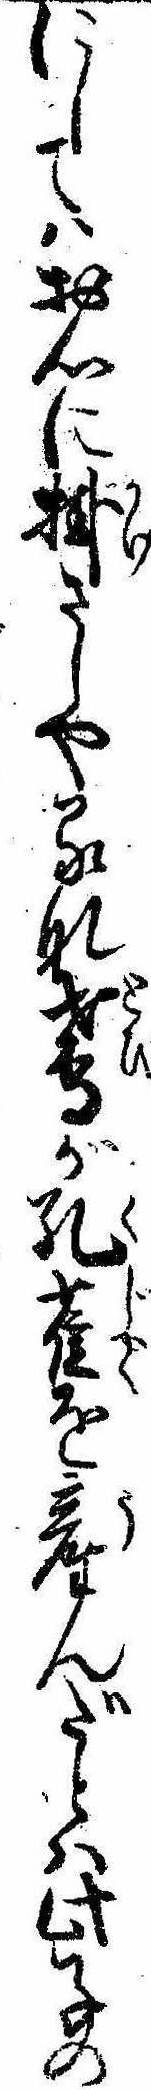
にしてはお心に掛さしやるな鳶が孔雀を産んだとは此子の